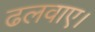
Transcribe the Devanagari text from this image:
ढलवाए।